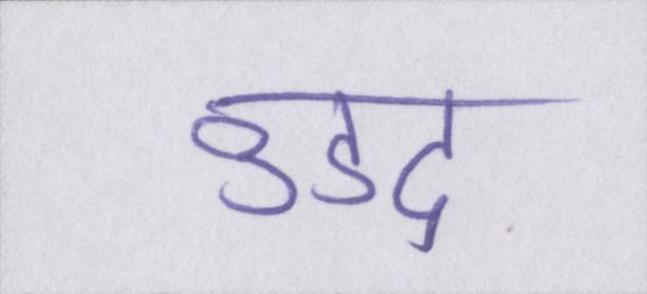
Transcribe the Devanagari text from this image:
उडद